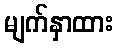
မျက်နှာထား